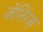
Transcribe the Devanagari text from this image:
जेंनिंग्स